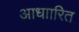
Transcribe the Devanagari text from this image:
आधाारित